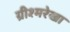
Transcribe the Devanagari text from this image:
ग्रीश्मरेखा